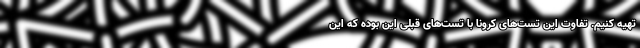
تهیه کنیم. تفاوت این تست‌های کرونا با تست‌های قبلی این بوده که این